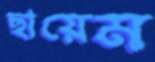
ছায়েম